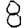
Digit: 8